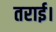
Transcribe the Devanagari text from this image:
तराई।